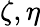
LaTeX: \zeta,\eta